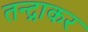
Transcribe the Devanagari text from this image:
तन्द्राकर